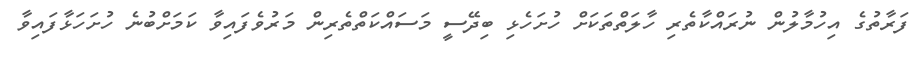
ފަރާތުގެ އިހުމާލުން ނުރައްކާތެރި ހާލަތްތަކަށް ހުށަހެޅި ބިދޭސީ މަސައްކަތްތެރިން މަރުވެފައިވާ ކަމަށްބުނެ ހުށަހަޅާފައިވާ